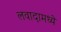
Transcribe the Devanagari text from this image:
लवादामध्ये